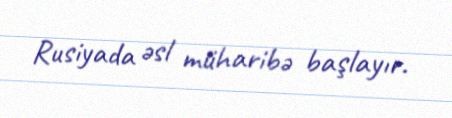
Rusiyada əsl müharibə başlayır.